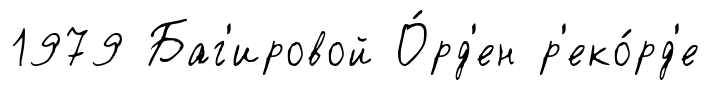
1979 Баг'ировой О́рд'ен р'еко́рд'е